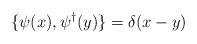
LaTeX: \begin{align*}\{\psi (x), \psi^\dagger (y) \} = \delta (x-y) \end{align*}